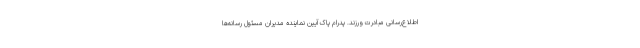
اطلاع‌رسانی مبادرت ورزند. پدرام پاک آیین نماینده مدیران مسئول رسانه‌ها